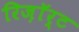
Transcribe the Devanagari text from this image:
रिज़ाॅर्ट